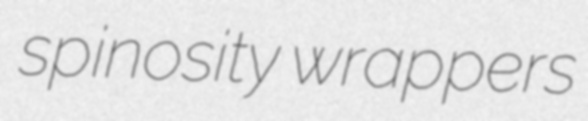
spinosity wrappers